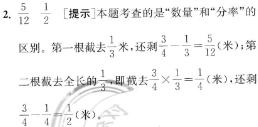
5. $\frac{1}{2}$ $\frac{1}{12}$ [提示：本题考查的是“数量”和“分率”的区别。第一根截去$\frac{1}{3}$米，还剩$\frac{3}{4}-\frac{1}{3}=\frac{5}{12}$（米）；第二根截去全长的$\frac{1}{3}$，即截去$\frac{3}{4}\times\frac{1}{3}=\frac{1}{4}$（米），还剩$\frac{3}{4}-\frac{1}{4}=\frac{1}{2}$（米）。]